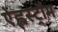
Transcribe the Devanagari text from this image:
ऐह्लस्ट्रौम